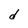
Character: d